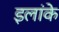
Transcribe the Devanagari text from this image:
इलांके